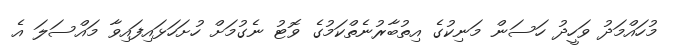
މުހައްމަދު ވަހީދު ހަސަން މަނިކުގެ އިތުބާރުނެތްކަމުގެ ވޮޓު ނެގުމަށް ހުށަހަޅައިފައިވާ މައްސަލަ އެ